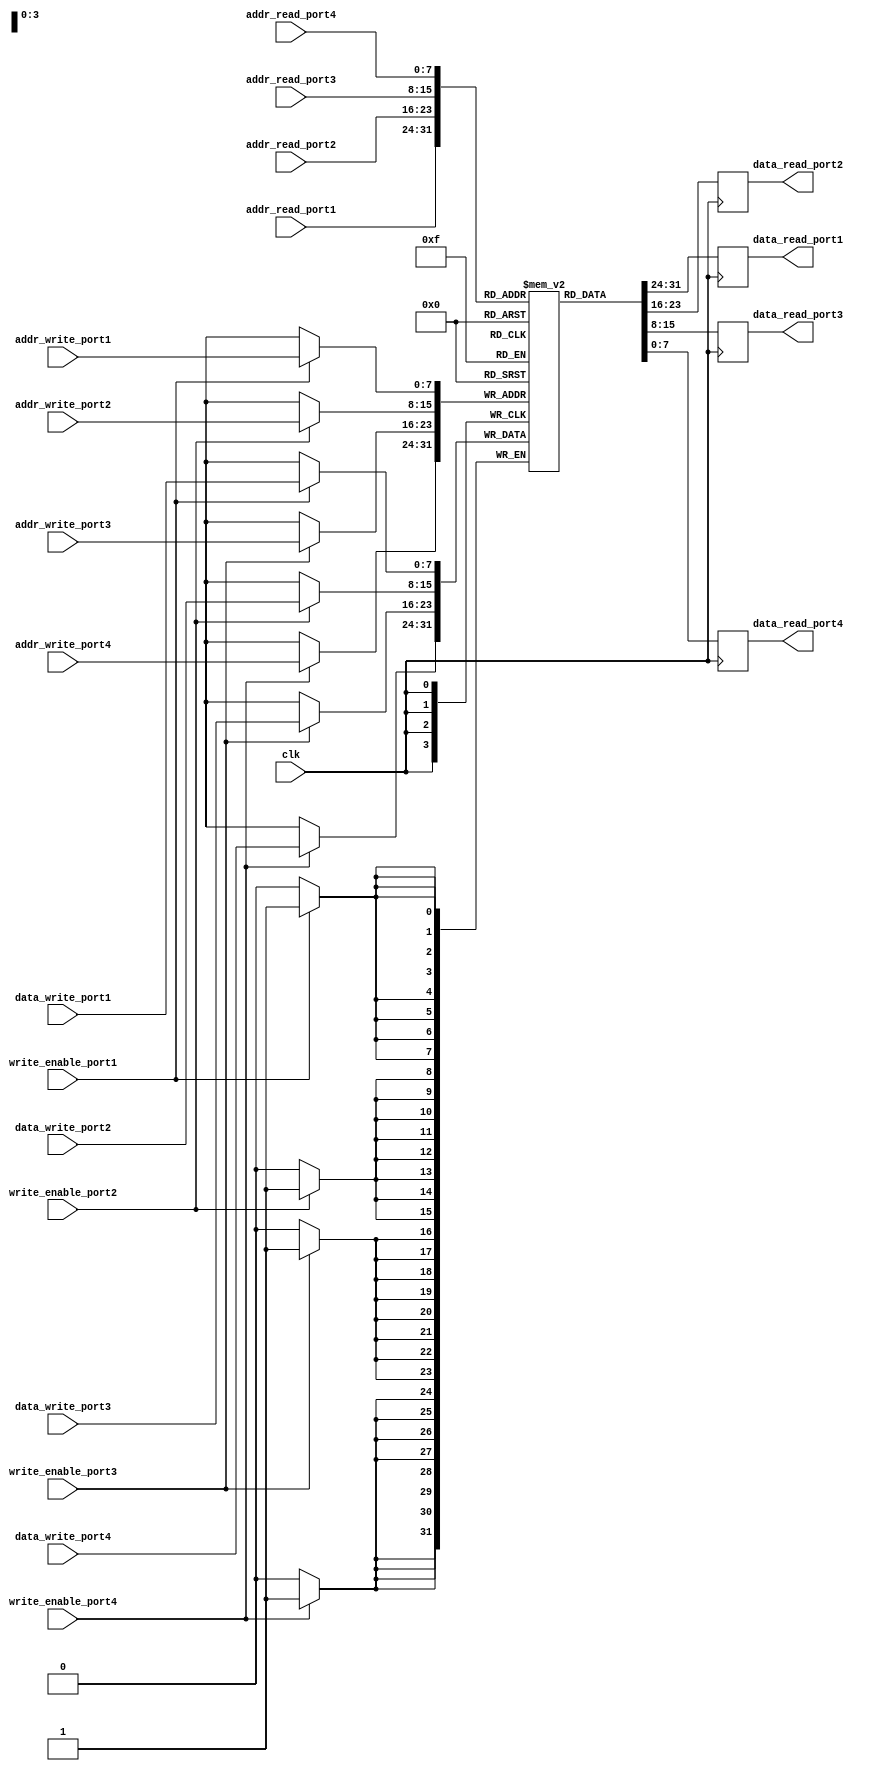
module quad_port_register_file (
    input wire clk,
    input wire [7:0] addr_read_port1,
    input wire [7:0] addr_write_port1,
    input wire [7:0] data_write_port1,
    input wire write_enable_port1,
    output reg [7:0] data_read_port1,
    
    input wire [7:0] addr_read_port2,
    input wire [7:0] addr_write_port2,
    input wire [7:0] data_write_port2,
    input wire write_enable_port2,
    output reg [7:0] data_read_port2,
    
    input wire [7:0] addr_read_port3,
    input wire [7:0] addr_write_port3,
    input wire [7:0] data_write_port3,
    input wire write_enable_port3,
    output reg [7:0] data_read_port3,
    
    input wire [7:0] addr_read_port4,
    input wire [7:0] addr_write_port4,
    input wire [7:0] data_write_port4,
    input wire write_enable_port4,
    output reg [7:0] data_read_port4
);

reg [7:0] register_file [255:0];

always @ (posedge clk) begin
    if (write_enable_port1)
        register_file[addr_write_port1] <= data_write_port1;
    data_read_port1 <= register_file[addr_read_port1];
    
    if (write_enable_port2)
        register_file[addr_write_port2] <= data_write_port2;
    data_read_port2 <= register_file[addr_read_port2];
    
    if (write_enable_port3)
        register_file[addr_write_port3] <= data_write_port3;
    data_read_port3 <= register_file[addr_read_port3];
    
    if (write_enable_port4)
        register_file[addr_write_port4] <= data_write_port4;
    data_read_port4 <= register_file[addr_read_port4];
end

endmodule